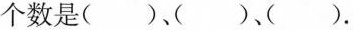
个数是( )( )、( )。